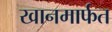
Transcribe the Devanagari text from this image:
खानमार्फत